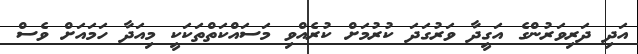
އަދި ދަރިވަރުންގެ އަގީދާ ވަރުގަދަ ކުރުމަށް ކުރެއްވި މަސައްކަތްތަކަކީ މިއަދާ ހަމައަށް ވެސް